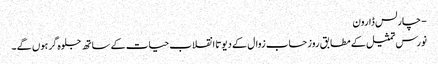
- چارلس ڈارون
نورس تمثیل کے مطابق روز حساب زوال کے دیوتا انقلاب حیات کے ساتھ جلوہ گر ہوں گے ۔